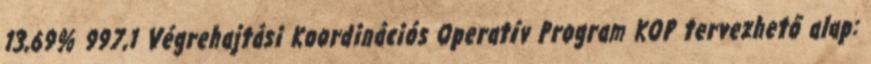
13,69% 997,1 Végrehajtási Koordinációs Operatív Program KOP tervezhető alap: